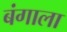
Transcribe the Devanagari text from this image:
बंगाला